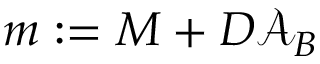
m : = { M } + D { \mathcal { A } } _ { B }